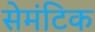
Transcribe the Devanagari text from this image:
सेमंटिक